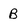
Character: B